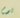
يوم